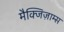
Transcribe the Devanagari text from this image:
मैक्जिज़ाम्स